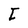
Character: I